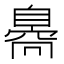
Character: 𦤝